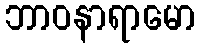
ဘာဝနာရာမော